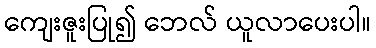
ကျေးဇူးပြု၍ ဘေလ် ယူလာပေးပါ။